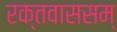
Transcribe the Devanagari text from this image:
रक्तवाससम्